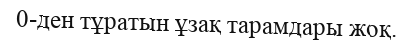
0-ден тұратын ұзақ тарамдары жоқ.